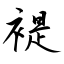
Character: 褆